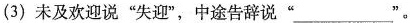
(3)未及欢迎说”失迎”，中途告辞说”___”。